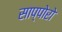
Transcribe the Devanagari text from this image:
साप्पोरो